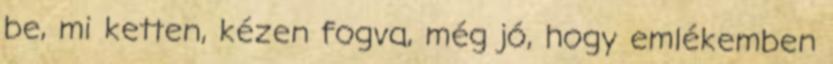
be, mi ketten, kézen fogva, még jó, hogy emlékemben